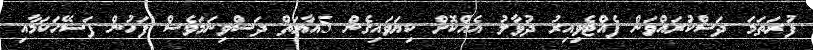
ފުރަތަމަ ދަސްކުރައްވަން ފެއްޓެވިއިރު ދުވާލު އެއްކޮށް ކިޔަވައިގެން 5އާޔަތް ދަސްވިނަމަވެސް ފަހުން ފަސޭހަކަމާއި